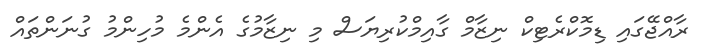
ރާއްޖޭގައި ޑިމޮކްރެޓިކް ނިޒާމް ގާއިމްކުރިޔަސް މި ނިޒާމުގެ އެންމެ މުހިންމު ގުނަންތައް